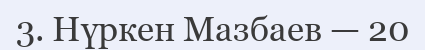
3. Нүркен Мазбаев — 20